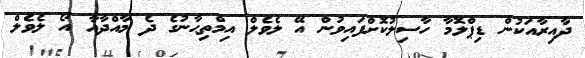
ދާއިރާއަކުން ޑިޕްލޮމާ ހާސިލުކޮށްފައިވުން އޭ ލެވެލް އިމްތިޙާނުގެ ދެ މާއްދާއާ އޯ ލެވެލް